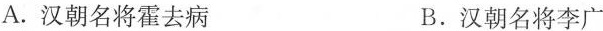
A.汉朝名将霍去病 B.汉朝名将李广